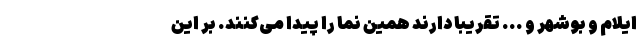
ایلام و بوشهر و ... تقریبا دارند همین نما را پیدا می‌کنند. بر این